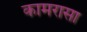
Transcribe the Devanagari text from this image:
कामरासा